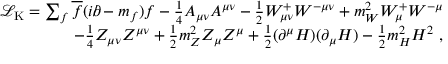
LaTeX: \begin{array} { r } { { \mathcal { L } } _ { \mathrm { K } } = \sum _ { f } { \overline { { f } } } ( i \partial \! \! \! / \! \; - m _ { f } ) f - { \frac { 1 } { 4 } } A _ { \mu \nu } A ^ { \mu \nu } - { \frac { 1 } { 2 } } W _ { \mu \nu } ^ { + } W ^ { - \mu \nu } + m _ { W } ^ { 2 } W _ { \mu } ^ { + } W ^ { - \mu } } \\ { \qquad - { \frac { 1 } { 4 } } Z _ { \mu \nu } Z ^ { \mu \nu } + { \frac { 1 } { 2 } } m _ { Z } ^ { 2 } Z _ { \mu } Z ^ { \mu } + { \frac { 1 } { 2 } } ( \partial ^ { \mu } H ) ( \partial _ { \mu } H ) - { \frac { 1 } { 2 } } m _ { H } ^ { 2 } H ^ { 2 } ~ , } \end{array}